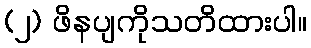
(၂) ဖိနပျကိုသတိထားပါ။